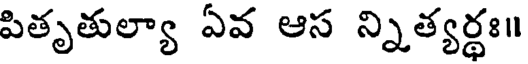
పితృతుల్యా ఏవ ఆస న్నిత్యర్థః॥